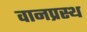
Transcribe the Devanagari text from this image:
वानप्रस्‍थ